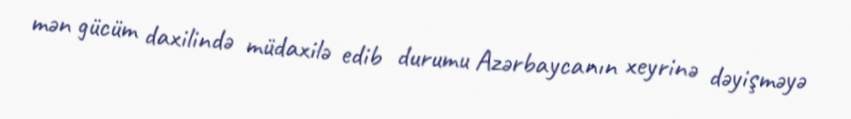
mən gücüm daxilində müdaxilə edib durumu Azərbaycanın xeyrinə dəyişməyə